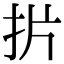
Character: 扸